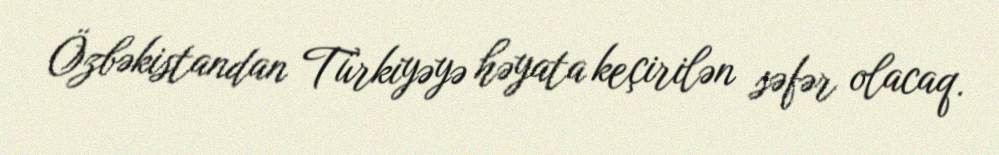
Özbəkistandan Türkiyəyə həyata keçirilən səfər olacaq.